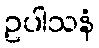
ဥပါသနံ